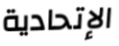
الإتحادية